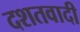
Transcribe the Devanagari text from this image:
दशतवादी